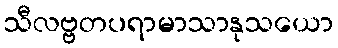
သီလဗ္ဗတပရာမာသာနုသယော